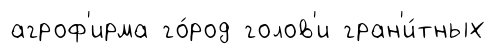
агроф'ирма го́род голов'и гран'и́тных